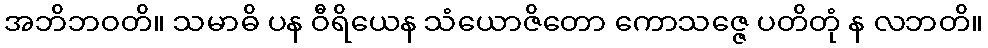
အဘိဘဝတိ။ သမာဓိ ပန ဝီရိယေန သံယောဇိတော ကောသဇ္ဇေ ပတိတုံ န လဘတိ။